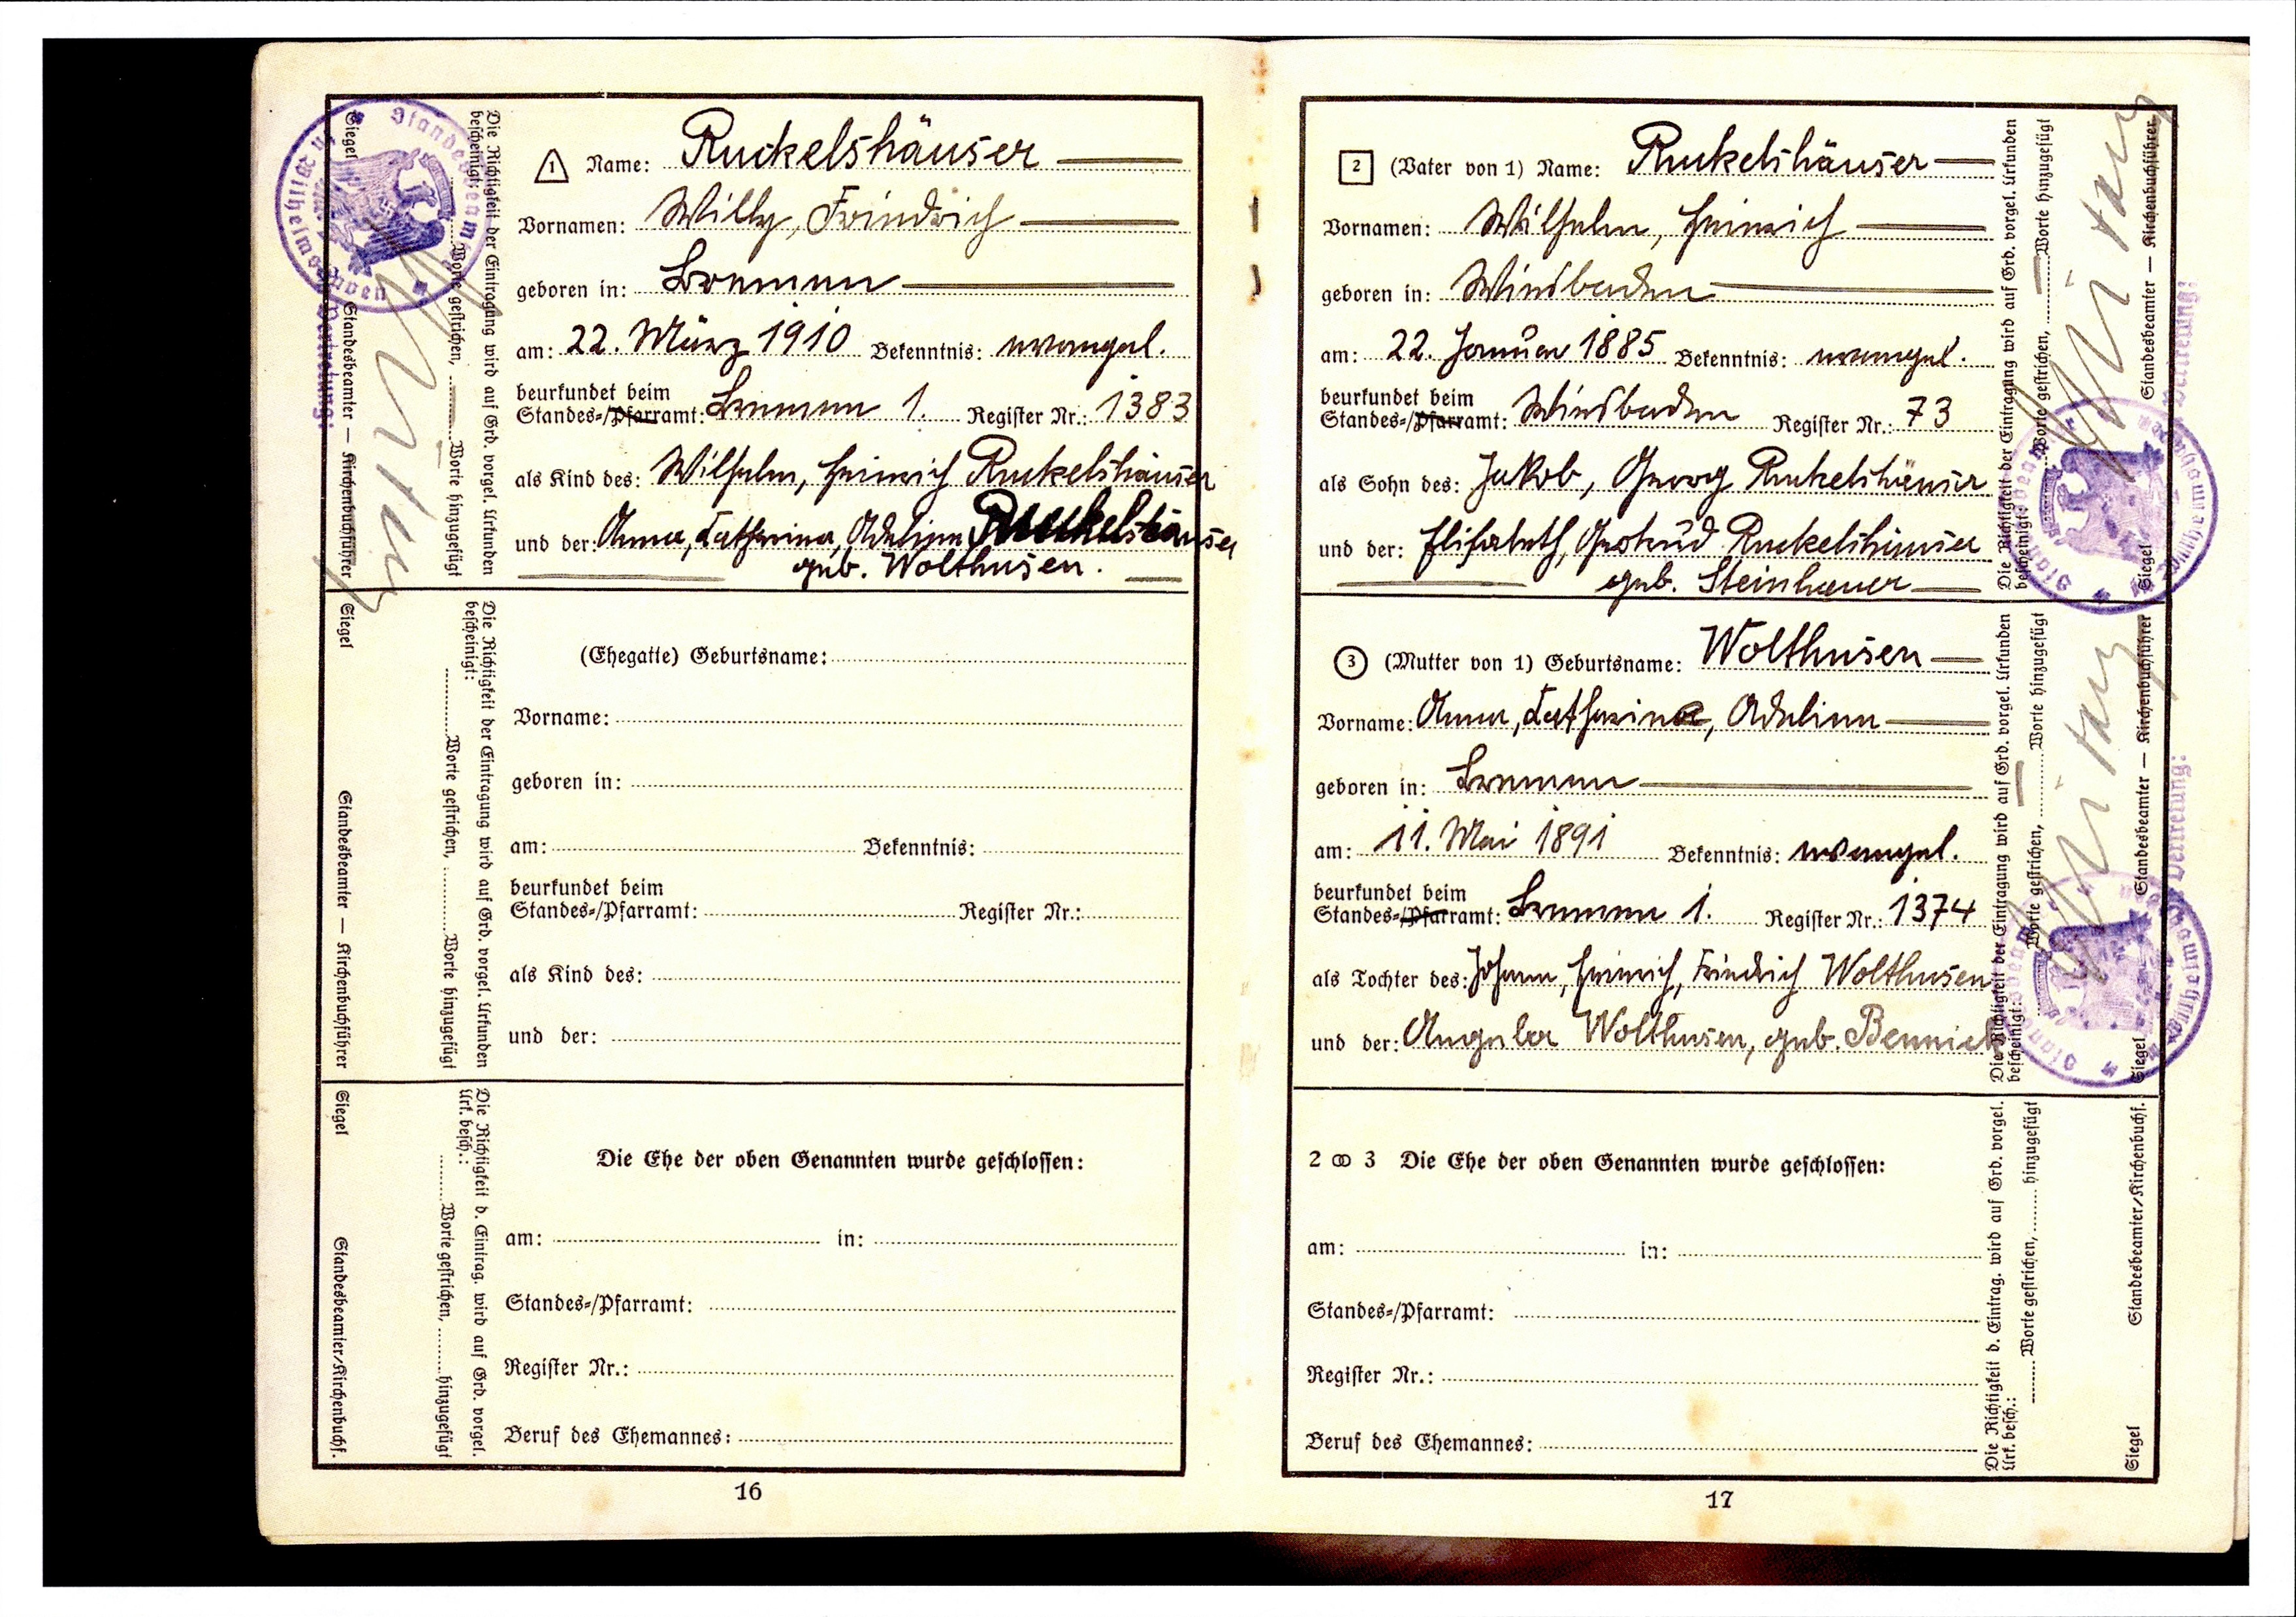
Ruckelshäuser
Willy, Friedrich
Bremen
22. März 1910 Bekenntnis: evangel.
Bremen 1. Register N.: 1383
Wilhelm, Heinrich Ruckeslhäuser
Anna, Catharina, Adelina Ruckelshäuser
geb. Wolthusen.

Ruckelshäuser
Wilhelm, Heinrich
Wiesbaden
22. Januar 1885 Bekenntnis evangel.
Wiesbaden Register N.: 73
Jakob, Georg Ruckelshäuser
Elisabeht, Gertrud Ruckelshäuser
geb. Steinhauer
Wolthusen
Anna, Catharina, Adelina
Bremen
11. Mai 1891 Bekenntnis: evangel.
Bremen 1.  Register Nr. : 1374
Johann, Heinrich, Friedrich Wolthusen
Angela Wolthusen, geb. Bennick